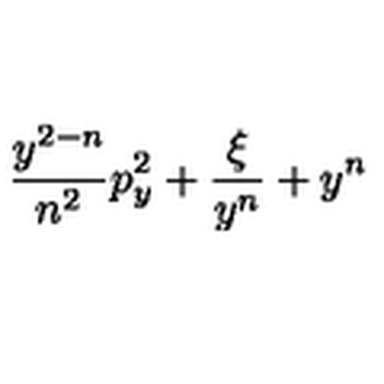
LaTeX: \! \! \frac { y ^ { 2 - n } } { n ^ { 2 } } p _ { y } ^ { 2 } + \frac { \xi } { y ^ { n } } + y ^ { n } \! \!